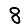
Digit: 8